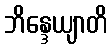
ဘိန္ဒေယျာတိ